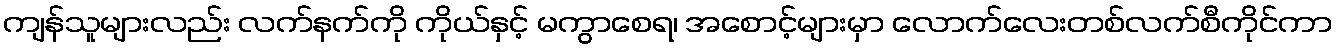
ကျန်သူများလည်း လက်နက်ကို ကိုယ်နှင့် မကွာစေရ၊ အစောင့်များမှာ လောက်လေးတစ်လက်စီကိုင်ကာ